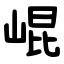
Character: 崐